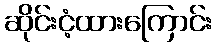
ဆိုင်းငံ့ထားကြောင်း